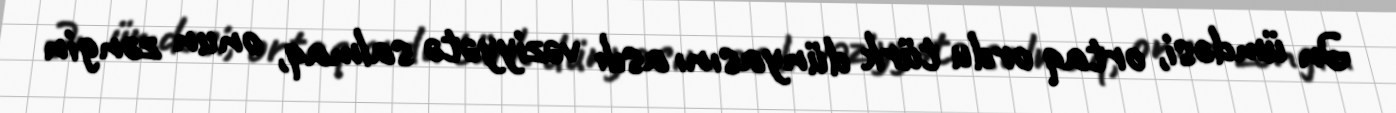
Ən ümdəsi, ortaq ordu türk dünyasını asılı vəziyyətə salmaq, onun zəngin